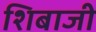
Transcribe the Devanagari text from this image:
शिबाजी